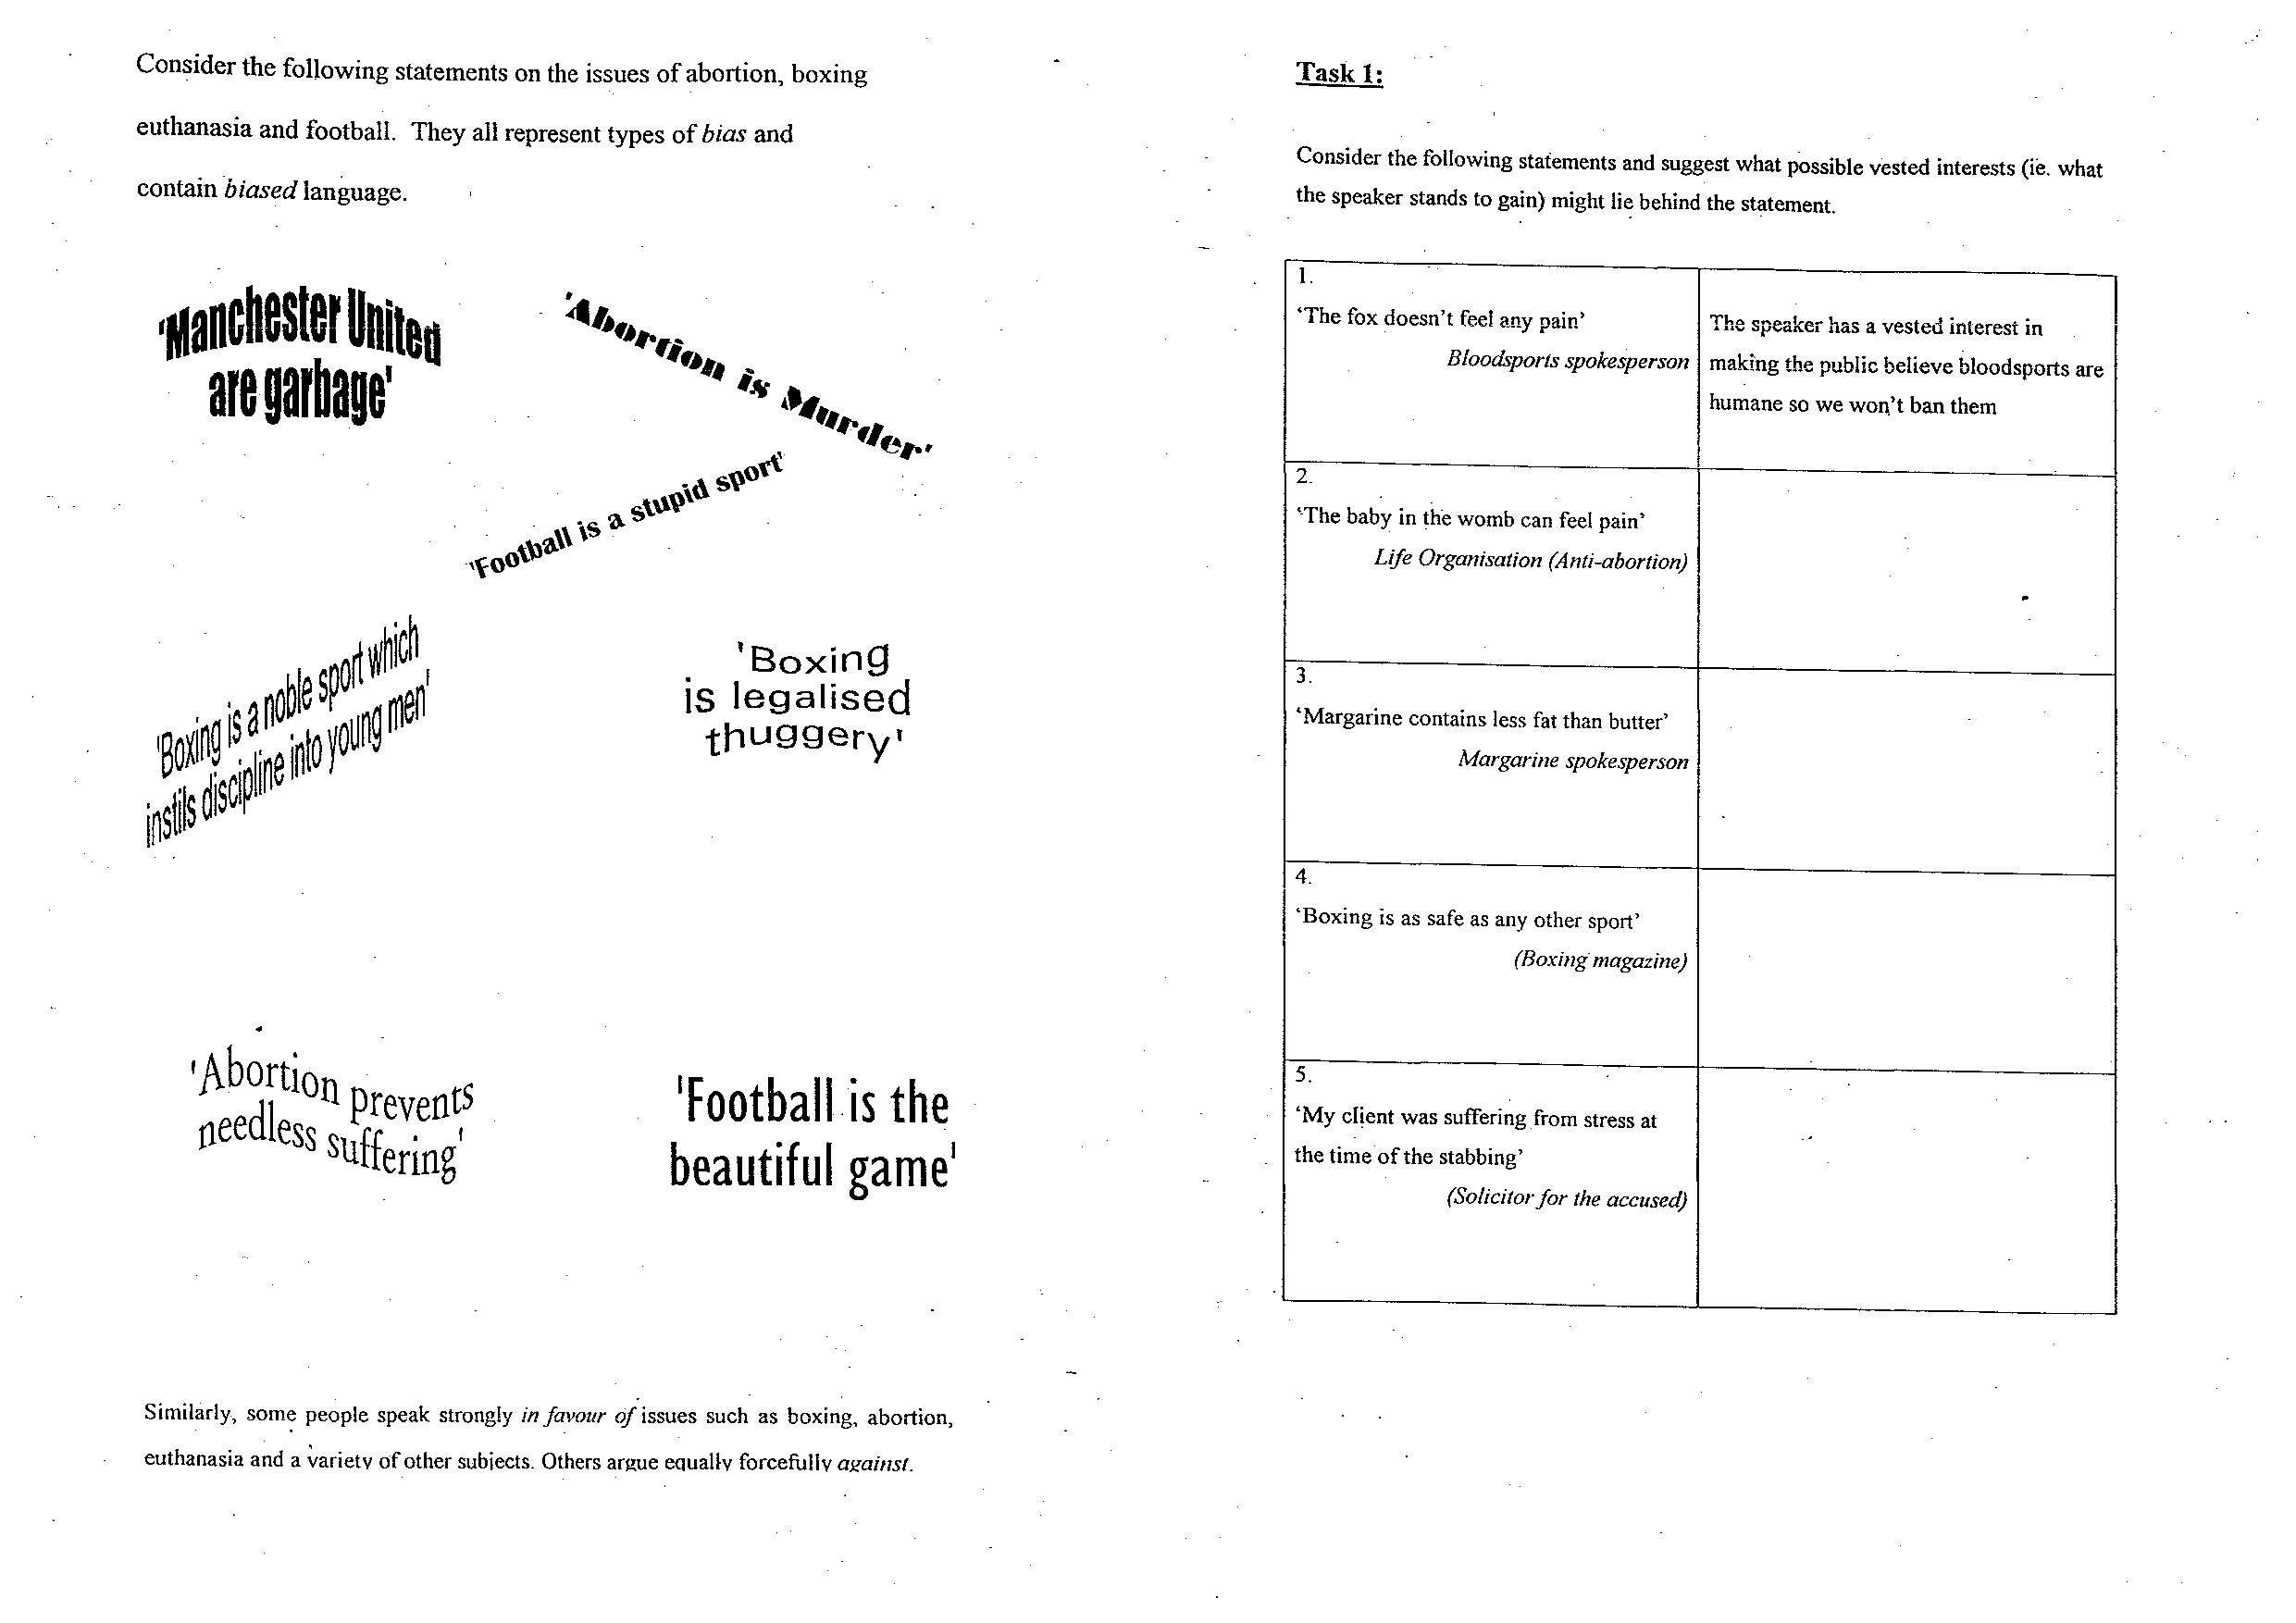
Consider the following statements on the issues of abortion, boxing                Task 1:
 euthanasia and football. They all represent types of bias and
 Consider the following statements and suggest what possible vested interests (ie. what
 contain ·biased language.
 the speaker stands to gain) might Ii~ behind the statement.
 1.
 •-anchester   Uniteu                                                              'The fox doesn't feel any pain'
 The speaker has a vested interest in
 Bloodsports spokesperson maki·ng the public believe bloodsports are
 are garbage•
 humane so we won't ban them
 2.
 'The baby in the womb can feel pain'
 Life Organisation (Anti-abortion)
 ..
 'BoxinQ
 is                                          3.
 legalised
 'Margarine contains less fat than butter'
 thU99ery•
 Margarine spokesperson
 4.
 'Boxing is as safe as any other sport'
 (Boxing magazine)
 Abortio     -
 1                                                                              5.
 -      n prevents                'Football.is   the
 oeedless suff   .  ,                                                           'My cl!ent was suffering from stress at
 er1ng                beautiful    game1
 the time.of the stabbing'
 .,
 (So/icitorfor the accused)
 o/
 Similarly, som~ people speak strongly in favour issues such as boxing, abortion,
 euthanasia and a ~arietv of other subiects. Others argue eouaHv forcefullv af!ainst.